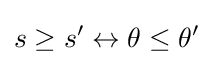
s\geq s'\leftrightarrow \theta \leq \theta '